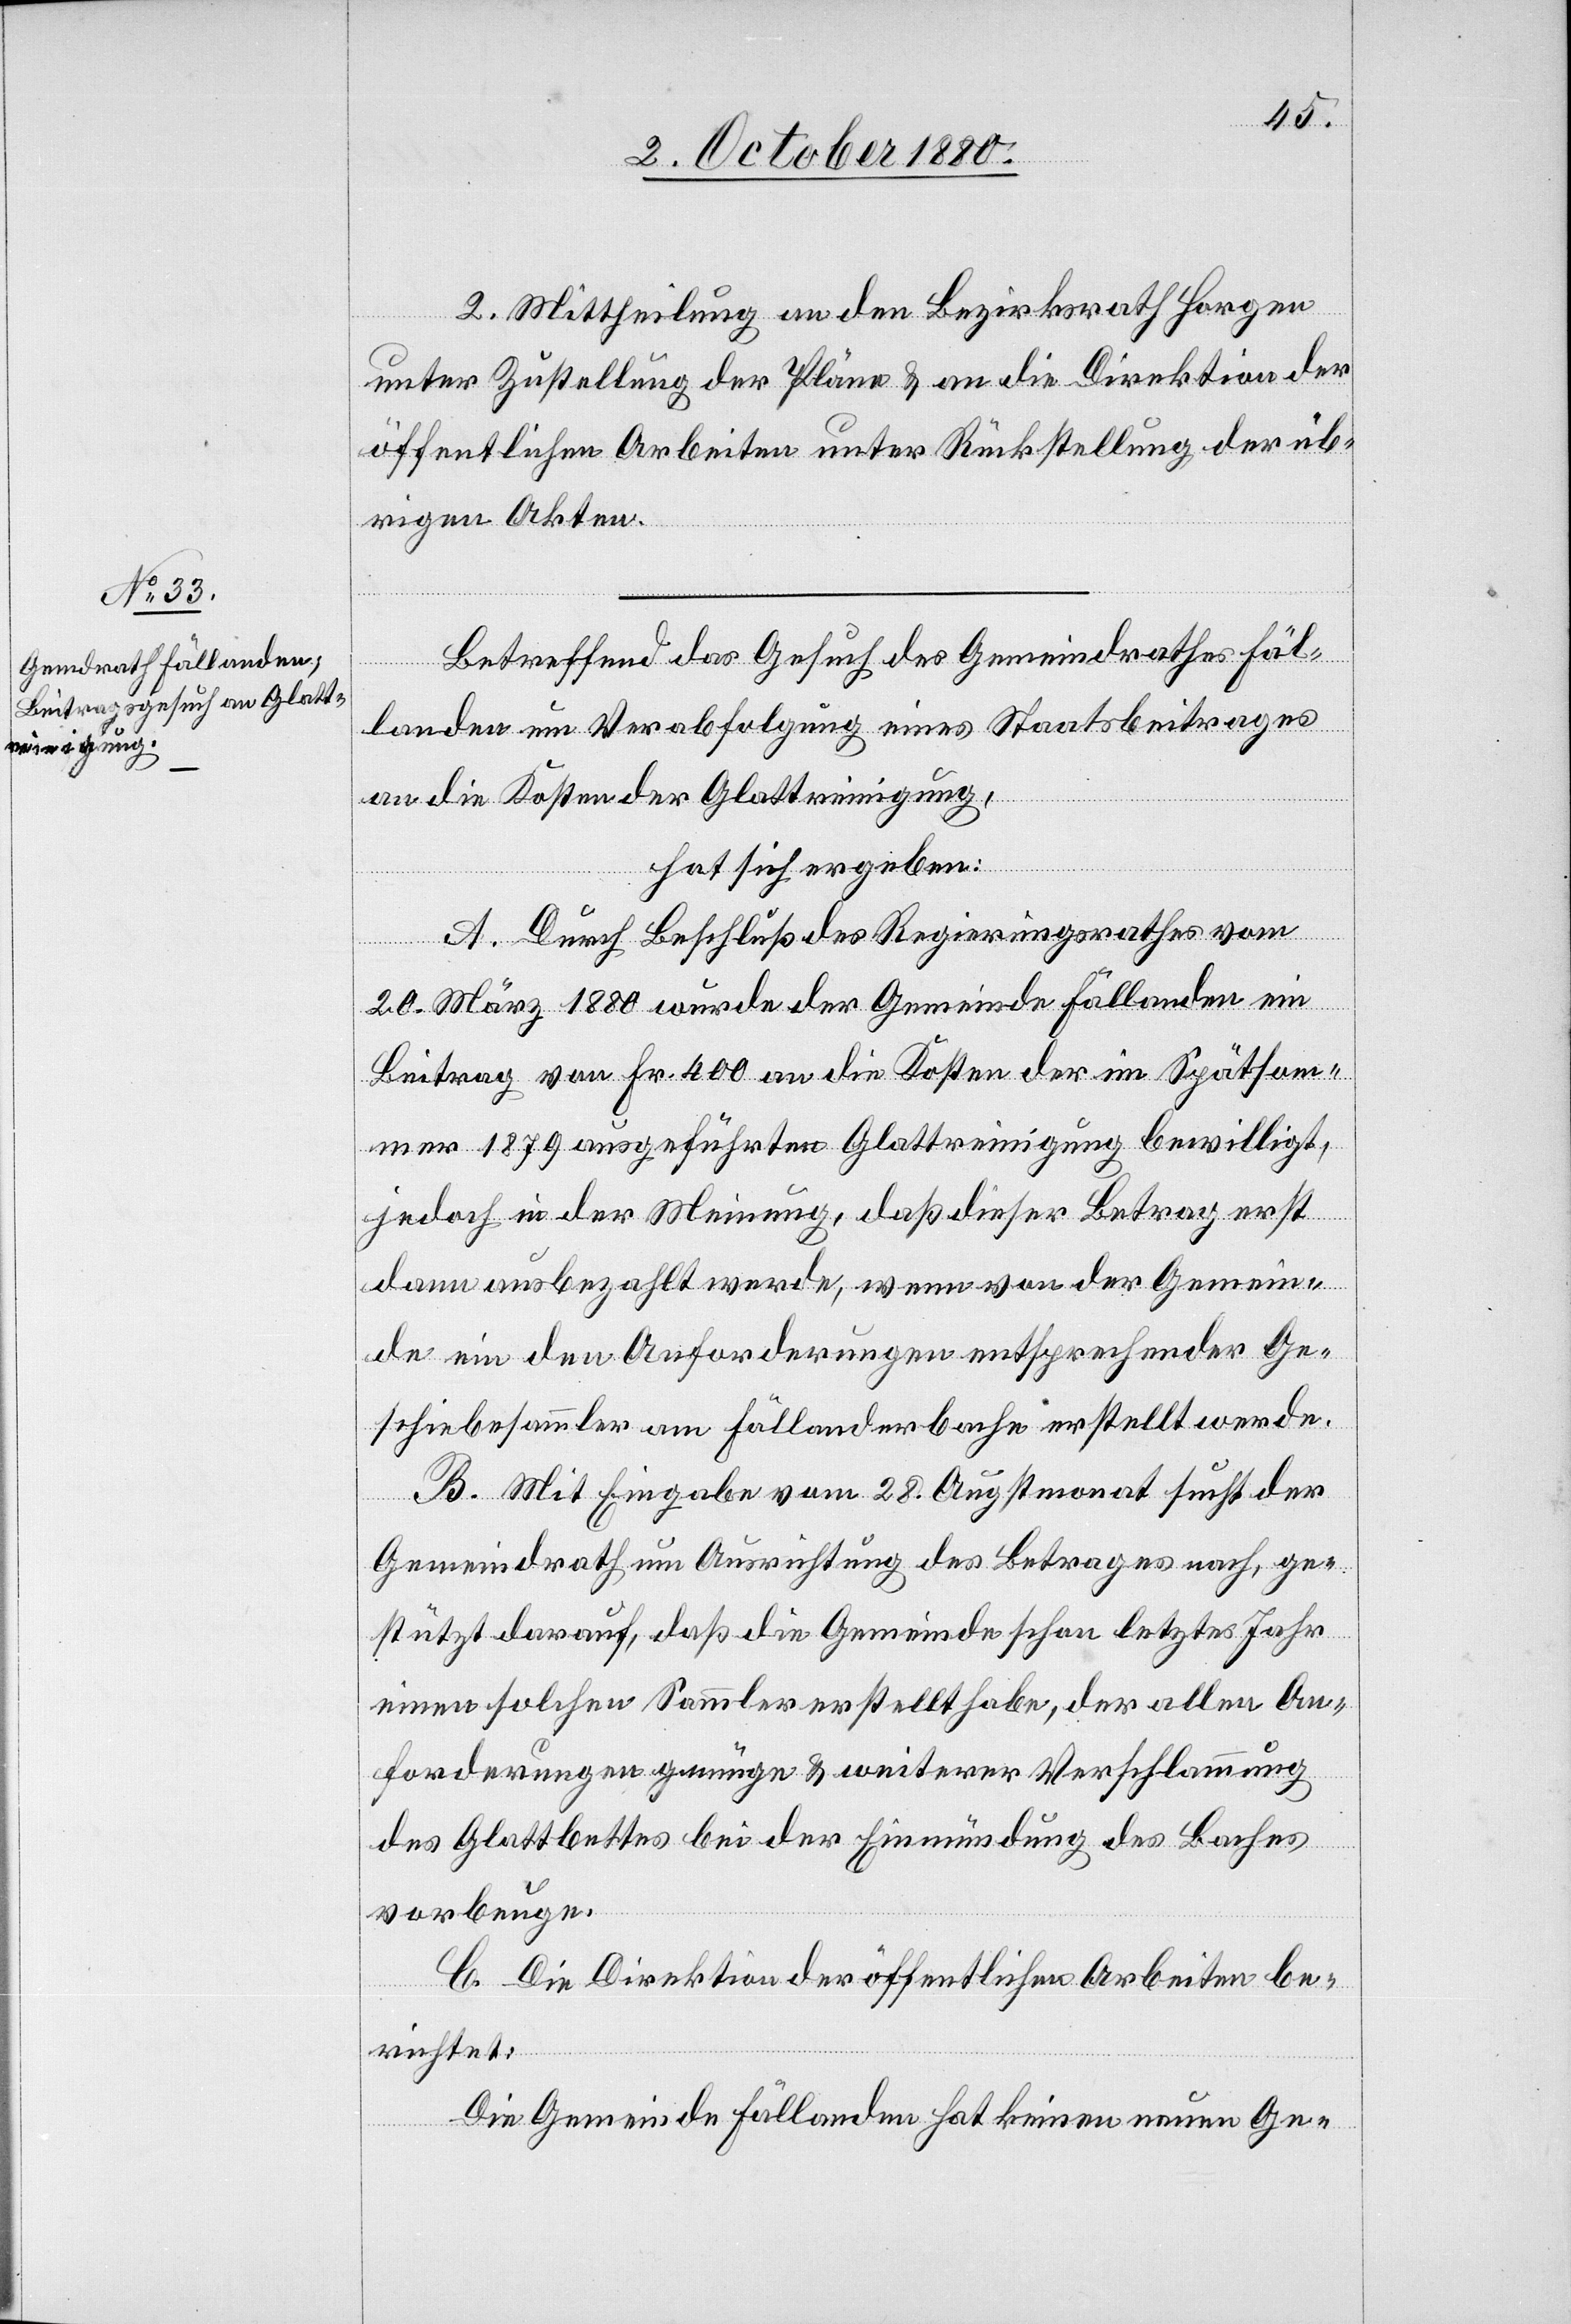
2. Mittheilung an den Bezirksrath Horgen
unter Zustellung der Pläne & an die Direktion der
öffentlichen Arbeiten unter Rückstellung der üb¬
rigen Akten.
Betreffend das Gesuch des Gemeindrathes Fäl¬
landen um Verabfolgung eines Staatsbeitrages
an die Kosten der Glattreinigung,
hat sich ergeben:
A. Durch Beschluß des Regierungsrathes vom
20. März 1880 wurde der Gemeinde Fällanden ein
Beitrag von Fr. 400 an die Kosten der im Spätsom¬
mer 1879 ausgeführten Glattreinigung bewilligt,
jedoch in der Meinung, daß dieser Betrag erst
dann ausbezahlt werde, wenn von der Gemein¬
de ein den Anforderungen entsprechender Ge¬
schiebesammler am Fällanderbache erstellt werde.
B. Mit Eingabe vom 28. Augstmonat sucht der
Gemeindrath um Ausrichtung des Betrages nach, ge¬
stützt darauf, daß die Gemeinde schon letztes Jahr
einen solchen Sammler erstellt habe, der allen An¬
forderungen genüge & weiterer Verschlammung
des Glattbettes bei der Einmündung des Baches
vorbeuge.
C. Die Direktion der öffentlichen Arbeiten be¬
richtet:
Die Gemeinde Fällanden hat keinen neuen Ge-